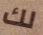
لك